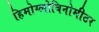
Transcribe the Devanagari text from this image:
हिमोग्लोबिनोमीटर